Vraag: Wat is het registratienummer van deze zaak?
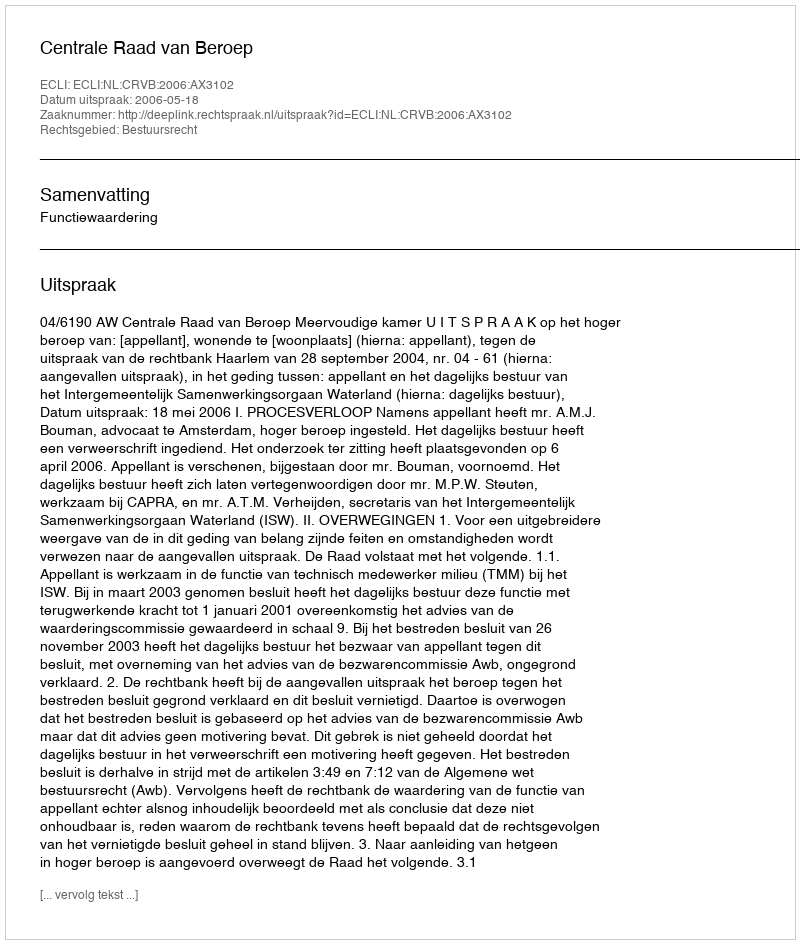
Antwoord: http://deeplink.rechtspraak.nl/uitspraak?id=ECLI:NL:CRVB:2006:AX3102